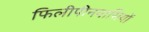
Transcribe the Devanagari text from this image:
फिलीपीनवासियों